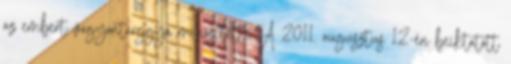
az embert vagyontárggyá minősítette. A 2011. augusztus 12-én beiktatott